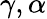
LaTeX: \gamma,\alpha